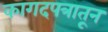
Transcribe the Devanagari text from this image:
कागदपत्रातून